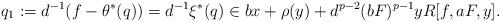
LaTeX: \begin{align*}q_1:=d^{-1}(f-\theta ^*(q))=d^{-1}\xi ^*(q)\in bx+\rho (y)+d^{p-2}(bF)^{p-1}yR[f,aF,y]. \end{align*}